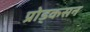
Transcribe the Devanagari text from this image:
प्रोड्कसन